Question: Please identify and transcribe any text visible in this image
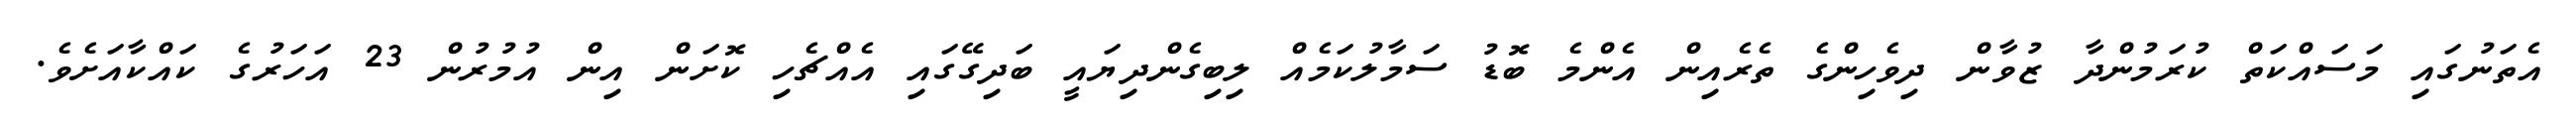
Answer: އެތަނުގައި މަސައްކަތް ކުރަމުންދާ ޒުވާން ދިވެހިންގެ ތެރެއިން އެންމެ ބޮޑު ސަމާލުކަމެއް ލިބިގެންދިޔައީ ބަދިގޭގައި އެއްޗެހި ކޮށަން އިން އުމުރުން 23 އަހަރުގެ ކައްކާއަށެވެ.